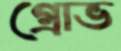
গ্রোভ